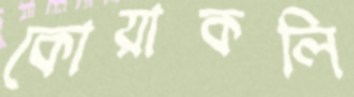
কোয়াকলি